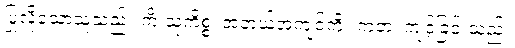
ပြုလိုသောသူသည်။ ကိံ သုကိစ္စံ၊ အဘယ်အကျင့်ကို။ ကတံ၊ ကျင့်ခြင်းသည်။